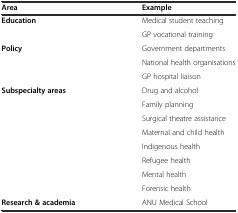
<table><thead><tr><td><b>Area</b></td><td><b>Example</b></td></tr></thead><tbody><tr><td><b>Education</b></td><td>Medical student teaching</td></tr><tr><td></td><td>GP vocational training</td></tr><tr><td><b>Policy</b></td><td>Government departments</td></tr><tr><td></td><td>National health organisations</td></tr><tr><td></td><td>GP hospital liaison</td></tr><tr><td><b>Subspecialty areas</b></td><td>Drug and alcohol</td></tr><tr><td></td><td>Family planning</td></tr><tr><td></td><td>Surgical theatre assistance</td></tr><tr><td></td><td>Maternal and child health</td></tr><tr><td></td><td>Indigenous health</td></tr><tr><td></td><td>Refugee health</td></tr><tr><td></td><td>Mental health</td></tr><tr><td></td><td>Forensic health</td></tr><tr><td><b>Research &amp; academia</b></td><td>ANU Medical School</td></tr></tbody></table>